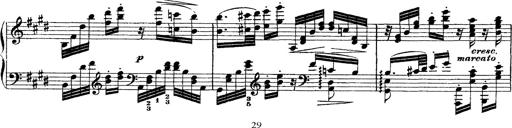
Title: Ã‰tudes d'exÃ©cution transcendante d'aprÃ¨s Paganini
Composer: Franz Liszt